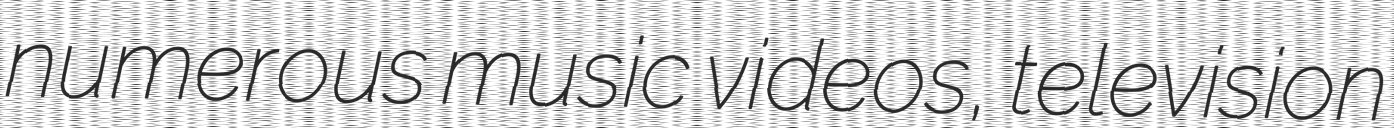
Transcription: numerous music videos, television